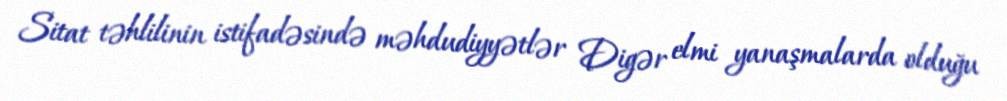
Sitat təhlilinin istifadəsində məhdudiyyətlər Digər elmi yanaşmalarda olduğu